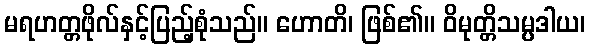
မရဟတ္တဖိုလ်နှင့်ပြည့်စုံသည်။ ဟောတိ၊ ဖြစ်၏။ ဝိမုတ္တိသမ္ပဒါယ၊